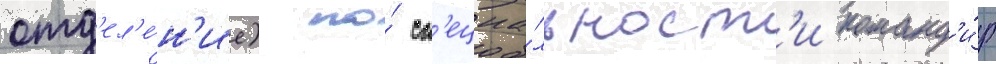
отд'ел'е́н'ие) по́ сп'ециа́льност'и команд'и́р